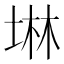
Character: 𡍚